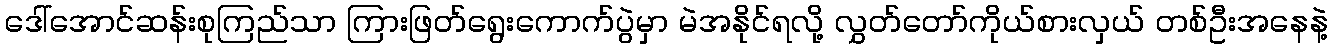
ဒေါ်အောင်ဆန်းစုကြည်သာ ကြားဖြတ်ရွေးကောက်ပွဲမှာ မဲအနိုင်ရလို့ လွှတ်တော်ကိုယ်စားလှယ် တစ်ဦးအနေနဲ့